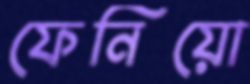
ফেনিয়ো